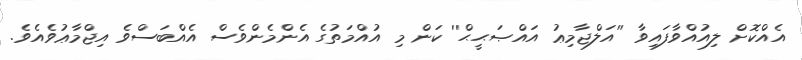
އެއްކޮށް ލިއުއްވާފައިވާ ''އަލްޖާމިޢު އައްޞަޙީޙް'' ކަން މި އުއްމަތުގެ އެންމެންވެސް އެއްބަސްވެ އިޖްމާޢުވެއެވެ.